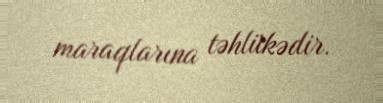
maraqlarına təhlükədir.